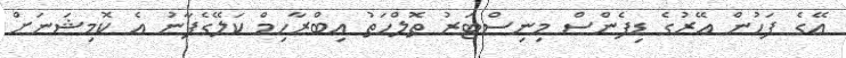
އޭގެ ފަހުން އޭރުގެ ޑިފެންސް މިނިސްޓަރު ތޮލްހަތު އިބްރާހިމް ކަލޭގެފާނު އެ ކޮމިޝަނަށް